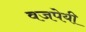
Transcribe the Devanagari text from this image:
वजपेयी